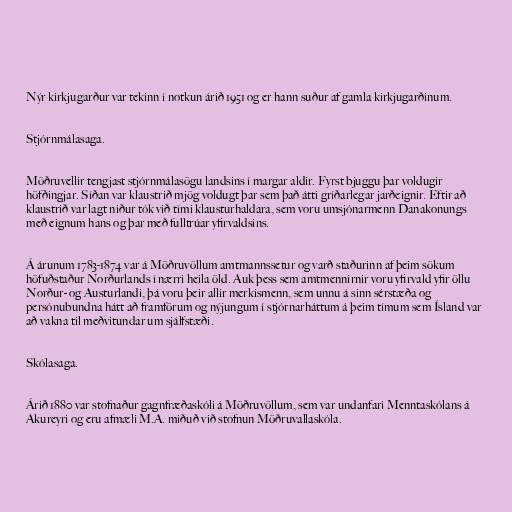
Nýr kirkjugarður var tekinn í notkun árið 1951 og er hann suður af gamla kirkjugarðinum.

Stjórnmálasaga.

Möðruvellir tengjast stjórnmálasögu landsins í margar aldir. Fyrst bjuggu þar voldugir
höfðingjar. Síðan var klaustrið mjög voldugt þar sem það átti gríðarlegar jarðeignir. Eftir að
klaustrið var lagt niður tók við tími klausturhaldara, sem voru umsjónarmenn Danakonungs
með eignum hans og þar með fulltrúar yfirvaldsins.

Á árunum 1783-1874 var á Möðruvöllum amtmannssetur og varð staðurinn af þeim sökum
höfuðstaður Norðurlands í nærri heila öld. Auk þess sem amtmennirnir voru yfirvald yfir öllu
Norður- og Austurlandi, þá voru þeir allir merkismenn, sem unnu á sinn sérstæða og
persónubundna hátt að framförum og nýjungum í stjórnarháttum á þeim tímum sem Ísland var
að vakna til meðvitundar um sjálfstæði.

Skólasaga.

Árið 1880 var stofnaður gagnfræðaskóli á Möðruvöllum, sem var undanfari Menntaskólans á
Akureyri og eru afmæli M.A. miðuð við stofnun Möðruvallaskóla.